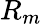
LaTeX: R_{m}